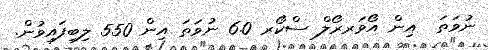
ނުވަތަ  އިން އޯވަރރޯލް ސްކޯރ 6.0 ނުވަތަ އިން 550 ލިބިފައިވުން.